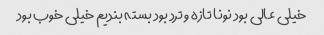
خیلی عالی بود نونا تازه و ترد بود بسته بندیم خیلی خوب بود